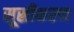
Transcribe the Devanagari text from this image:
सूस्रीकरण